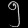
Digit: ၅